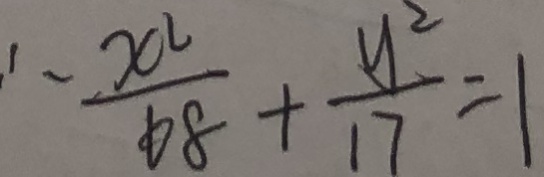
\therefore \frac { x ^ { 2 } } { 6 8 } + \frac { y ^ { 2 } } { 1 7 } = 1